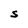
Character: S